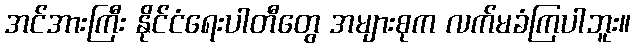
အင်အားကြီး နိုင်ငံရေးပါတီတွေ အများစုက လက်မခံကြပါဘူး။